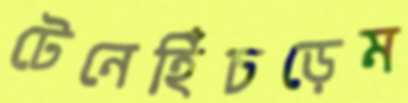
টেনেহিঁচড়েম